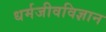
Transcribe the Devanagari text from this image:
धर्मजीवविज्ञान